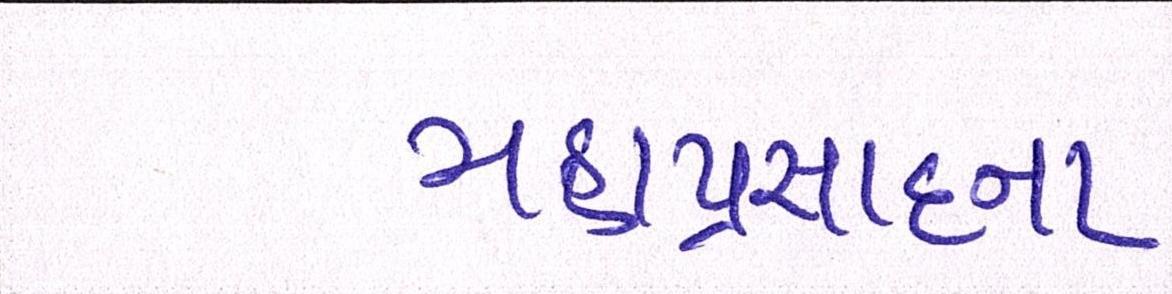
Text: મહાપ્રસાદના